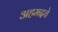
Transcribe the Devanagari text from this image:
अहमदचे